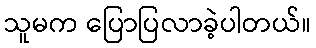
သူမက ပြောပြလာခဲ့ပါတယ်။